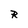
Character: R